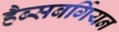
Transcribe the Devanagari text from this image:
हैब्सबर्गियन